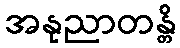
အနုညာတန္တိ